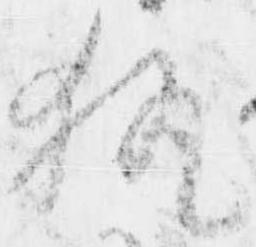
執